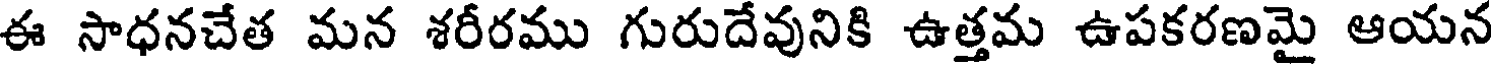
ఈ సాధనచేత మన శరీరము గురుదేవునికి ఉత్తమ ఉపకరణమై ఆయన